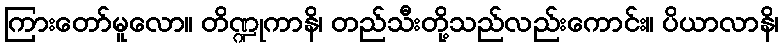
ကြားတော်မူလော။ တိဏ္ဍုကာနိ၊ တည်သီးတို့သည်လည်းကောင်း။ ပိယာလာနိ၊